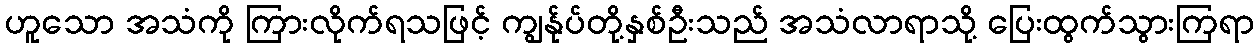
ဟူသော အသံကို ကြားလိုက်ရသဖြင့် ကျွန်ုပ်တို့နှစ်ဦးသည် အသံလာရာသို့ ပြေးထွက်သွားကြရာ